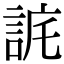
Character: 𧧉